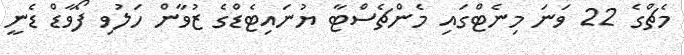
މެޗްގެ 22 ވަނަ މިނެޓްގައި މެންޗެސްޓާ ޔުނައިޓެޑްގެ ޒުވާން ހަލުވި ފޯވާޑް ޑެނީ